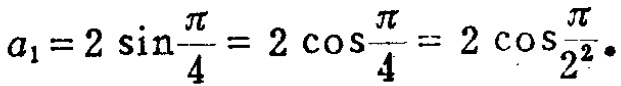
\(a_{1}=2\sin\frac{\pi}{4}=2\cos\frac{\pi}{4}=2\cos\frac{\pi}{2^{2}}\)